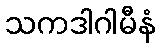
သကဒါဂါမီနံ